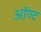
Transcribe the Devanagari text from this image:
ऑण्ट